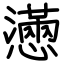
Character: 懣